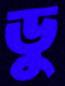
ডু